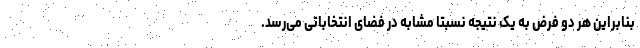
بنابراین هر دو فرض به یک نتیجه نسبتاً مشابه در فضای انتخاباتی می‌رسد.